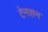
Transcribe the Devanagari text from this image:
टेनशन